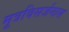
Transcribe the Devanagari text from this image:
मूत्रविसर्जनास